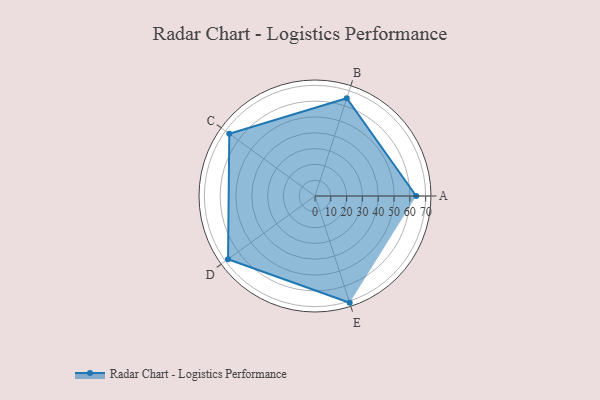
{"axis": {"x": "Skill", "y": "Score"}, "legend": ["Profile"], "data": [{"x": "A", "y": 64.0, "type": "Profile"}, {"x": "B", "y": 65.0, "type": "Profile"}, {"x": "C", "y": 67.0, "type": "Profile"}, {"x": "D", "y": 68.0, "type": "Profile"}, {"x": "E", "y": 71.0, "type": "Profile"}]}